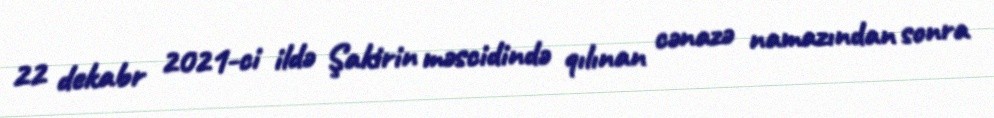
22 dekabr 2021-ci ildə Şakirin məscidində qılınan cənazə namazından sonra